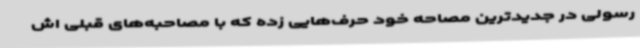
رسولی در جدیدترین مصاحه خود حرف‌هایی زده که با مصاحبه‌های قبلی اش